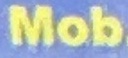
Mob